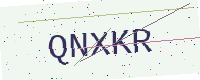
Text: QNXKR